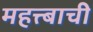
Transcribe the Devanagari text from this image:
महत्त्बाची